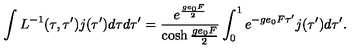
\int L ^ { - 1 } ( \tau , \tau ^ { \prime } ) j ( \tau ^ { \prime } ) d \tau d \tau ^ { \prime } = \frac { e ^ { \frac { g e _ { 0 } F } { 2 } } } { \cosh \frac { g e _ { 0 } F } { 2 } } \int _ { 0 } ^ { 1 } e ^ { - g e _ { 0 } F \tau ^ { \prime } } j ( \tau ^ { \prime } ) d \tau ^ { \prime } .